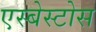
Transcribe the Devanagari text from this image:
एस्बेस्टोस